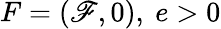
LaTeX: F=(\mathscr{F},0),\ e>0